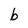
Character: b